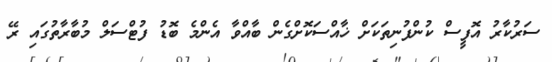
ސަރުކާރު އޮފީސް ކުންފުނިތަކަށް ޚާއްސަކޮށްގެން ބާއްވާ އެންމެ ބޮޑު ފުޓްސަލް މުބާރާތުގައި ރޭ